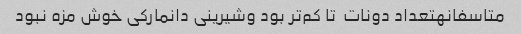
متاسفانهتعداد دونات  تا کم‌تر بود وشیرینی دانمارکی خوش مزه نبود